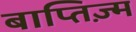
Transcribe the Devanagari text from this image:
बाप्तिज़्म